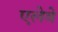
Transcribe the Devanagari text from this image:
एलेवे